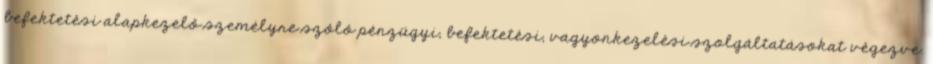
befektetési alapkezelő személyre szóló pénzügyi, befektetési, vagyonkezelési szolgáltatásokat végezve.